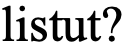
listut?